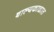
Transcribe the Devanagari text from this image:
बाल्यकाळात